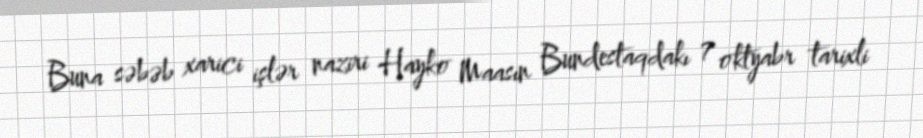
Buna səbəb xarici işlər naziri Hayko Maasın Bundestaqdakı 7 oktyabr tarixli